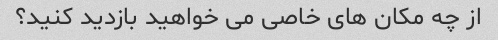
از چه مکان های خاصی می خواهید بازدید کنید؟